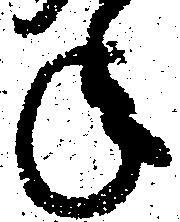
年